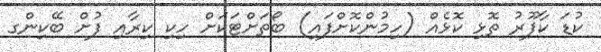
ކުޑަ ކާފޫރު ތޮޅި ކޮޅެއް (ހިމުންކޮށްފައި) ބޯތަށްޓަކަށް ހިކި ކިރާއި ފުށް ބޭކިންގ